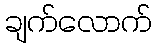
ချက်လောက်